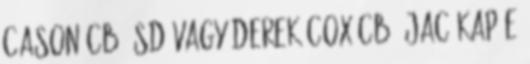
Cason CB, SD vagy Derek Cox CB, JAC kap-e